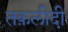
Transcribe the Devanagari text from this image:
तक़लीदी